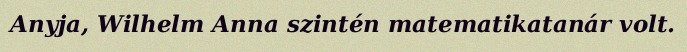
Anyja, Wilhelm Anna szintén matematikatanár volt.